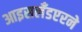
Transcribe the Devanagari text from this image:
आइसलँडएरने